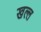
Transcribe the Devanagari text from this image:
खल्ल